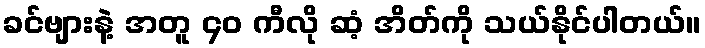
ခင်ဗျားနဲ့ အတူ ၄၀ ကီလို ဆံ့ အိတ်ကို သယ်နိုင်ပါတယ်။